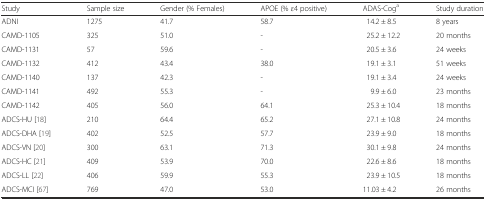
<table><thead><tr><td><b>Study</b></td><td><b>Sample size</b></td><td><b>Gender (% Females)</b></td><td><b>APOE (% <i>ε</i>4 positive)</b></td><td><b>ADAS-Cog<sup>a</sup></b></td><td><b>Study duration</b></td></tr></thead><tbody><tr><td>ADNI</td><td>1275</td><td>41.7</td><td>58.7</td><td>14.2 ± 8.5</td><td>8 years</td></tr><tr><td>CAMD-1105</td><td>325</td><td>51.0</td><td>-</td><td>25.2 ± 12.2</td><td>20 months</td></tr><tr><td>CAMD-1131</td><td>57</td><td>59.6</td><td>-</td><td>20.5 ± 3.6</td><td>24 weeks</td></tr><tr><td>CAMD-1132</td><td>412</td><td>43.4</td><td>38.0</td><td>19.1 ± 3.1</td><td>51 weeks</td></tr><tr><td>CAMD-1140</td><td>137</td><td>42.3</td><td>-</td><td>19.1 ± 3.4</td><td>24 weeks</td></tr><tr><td>CAMD-1141</td><td>492</td><td>55.3</td><td>-</td><td>9.9 ± 6.0</td><td>23 months</td></tr><tr><td>CAMD-1142</td><td>405</td><td>56.0</td><td>64.1</td><td>25.3 ± 10.4</td><td>18 months</td></tr><tr><td>ADCS-HU [18]</td><td>210</td><td>64.4</td><td>65.2</td><td>27.1 ± 10.8</td><td>24 months</td></tr><tr><td>ADCS-DHA [19]</td><td>402</td><td>52.5</td><td>57.7</td><td>23.9 ± 9.0</td><td>18 months</td></tr><tr><td>ADCS-VN [20]</td><td>300</td><td>63.1</td><td>71.3</td><td>30.1 ± 9.8</td><td>24 months</td></tr><tr><td>ADCS-HC [21]</td><td>409</td><td>53.9</td><td>70.0</td><td>22.6 ± 8.6</td><td>18 months</td></tr><tr><td>ADCS-LL [22]</td><td>406</td><td>59.9</td><td>55.3</td><td>23.9 ± 10.5</td><td>18 months</td></tr><tr><td>ADCS-MCI [67]</td><td>769</td><td>47.0</td><td>53.0</td><td>11.03 ± 4.2</td><td>26 months</td></tr></tbody></table>